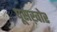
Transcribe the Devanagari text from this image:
घूसख़ोर